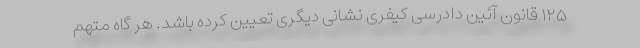
۱۲۵ قانون آئین دادرسی کیفری نشانی دیگری تعیین کرده باشد. هر گاه متهم